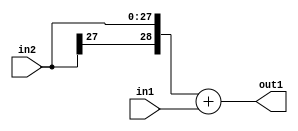
`timescale 1ps / 1ps
/*****************************************************************************
    Verilog RTL Description
    
    
    Created by: Stratus DpOpt 2019.1.01 
*******************************************************************************/

module DC_Filter_Add_28Sx10U_29S_4 (
	in2,
	in1,
	out1
	); /* architecture "behavioural" */ 
input [27:0] in2;
input [9:0] in1;
output [28:0] out1;
wire [28:0] asc001;

assign asc001 = 
	+({in2[27], in2})
	+(in1);

assign out1 = asc001;
endmodule

/* CADENCE  ubPwTgw= : u9/ySgnWtBlWxVPRXgAZ4Og= ** DO NOT EDIT THIS LINE ******/